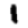
Digit: 1